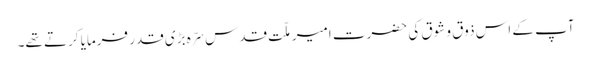
آپ کے اس ذوق و شوق کی حضرت امیر ملّت قدس سرّہ بڑی قدر فرمایا کرتے تھے۔